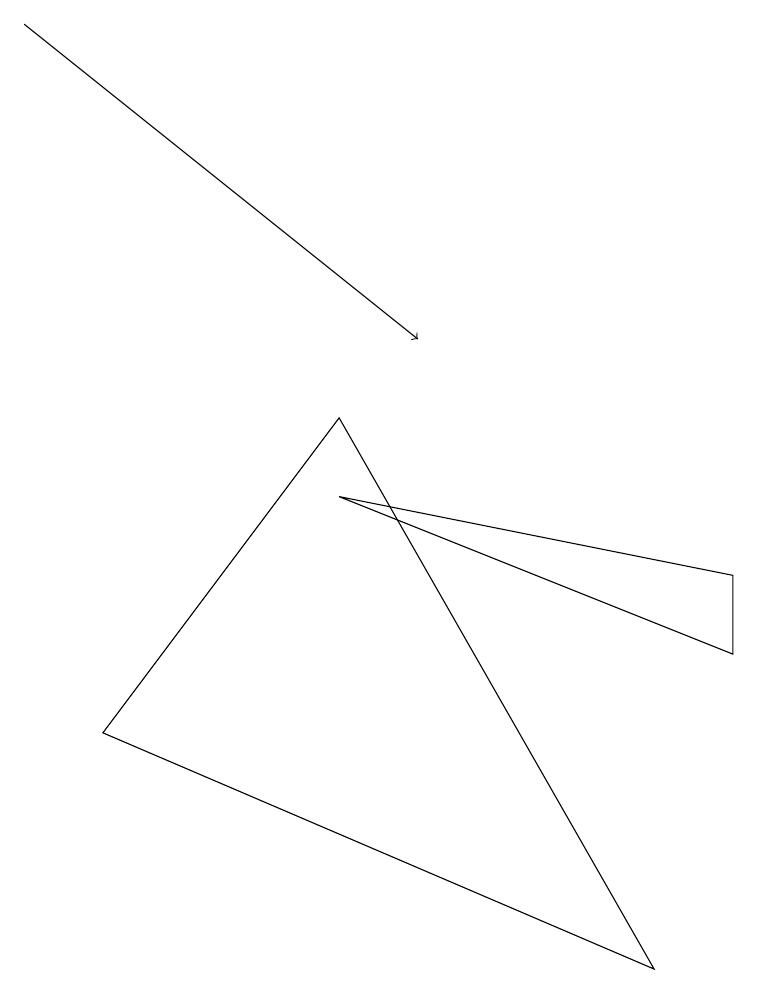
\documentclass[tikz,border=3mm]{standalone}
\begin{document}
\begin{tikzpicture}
\draw (4,9) -- (1,5) -- (8,2) -- cycle;
\draw[->] (0,14) -- (5,10);
\draw (4,8) -- (9,6) -- (9,7) -- cycle;
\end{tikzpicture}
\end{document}